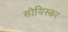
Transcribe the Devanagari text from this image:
सोयिस्कर